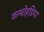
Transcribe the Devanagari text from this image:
कम्बोहडिया